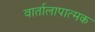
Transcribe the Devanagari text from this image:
वार्तालापात्मक